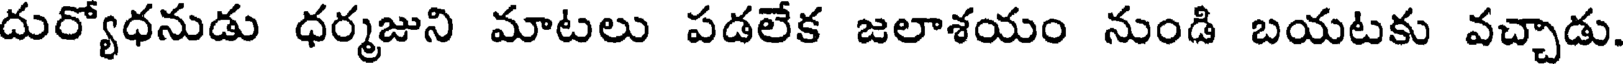
దుర్యోధనుడు ధర్మజుని మాటలు పడలేక జలాశయం నుండి బయటకు వచ్చాడు.